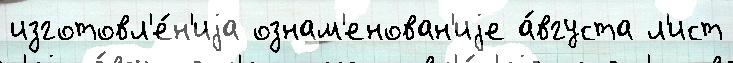
изготовл'е́н'иjа ознам'енован'иjе а́вгуста л'ист